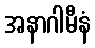
အနာဂါမီနံ